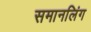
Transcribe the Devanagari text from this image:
समानलिंग